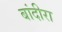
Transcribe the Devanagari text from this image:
बांदीरा